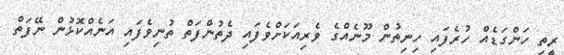
ރީތި ހަންގަޑެއް ހުރެފައި ހިނިތުން މޫނެއްގެ ވެރިއަކަށްވެފައި ދެތުންފަތް ތުނިވެފައި އަނެއްކޮޅުން ނޭފަތް